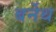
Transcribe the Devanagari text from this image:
बर्नेथ